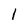
Character: 1